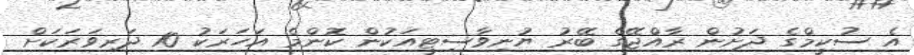
އެ ސުކީމްގެ ދަށުން ރާއްޖޭގެ ބޭރު ޔުނިވާސިޓީއަކުން ކޮންމެ އަހަރަކު 10 ދަރިވަރަކަށް